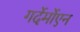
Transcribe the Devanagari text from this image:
गर्देर्मोएन